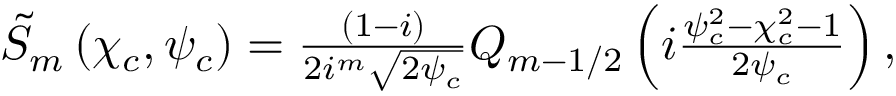
\begin{array} { r } { \tilde { S } _ { m } \left( \chi _ { c } , \psi _ { c } \right) = \frac { ( 1 - i ) } { 2 i ^ { m } \sqrt { 2 \psi _ { c } } } Q _ { m - 1 / 2 } \left( i \frac { \psi _ { c } ^ { 2 } - \chi _ { c } ^ { 2 } - 1 } { 2 \psi _ { c } } \right) , } \end{array}